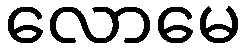
လောမေ